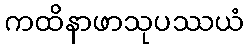
ကထိနာဖာသုပဿယံ